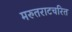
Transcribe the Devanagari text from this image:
मरुतराटचरित